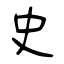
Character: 史